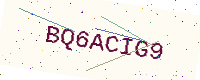
Text: BQ6ACIG9